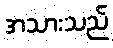
အသားသည်